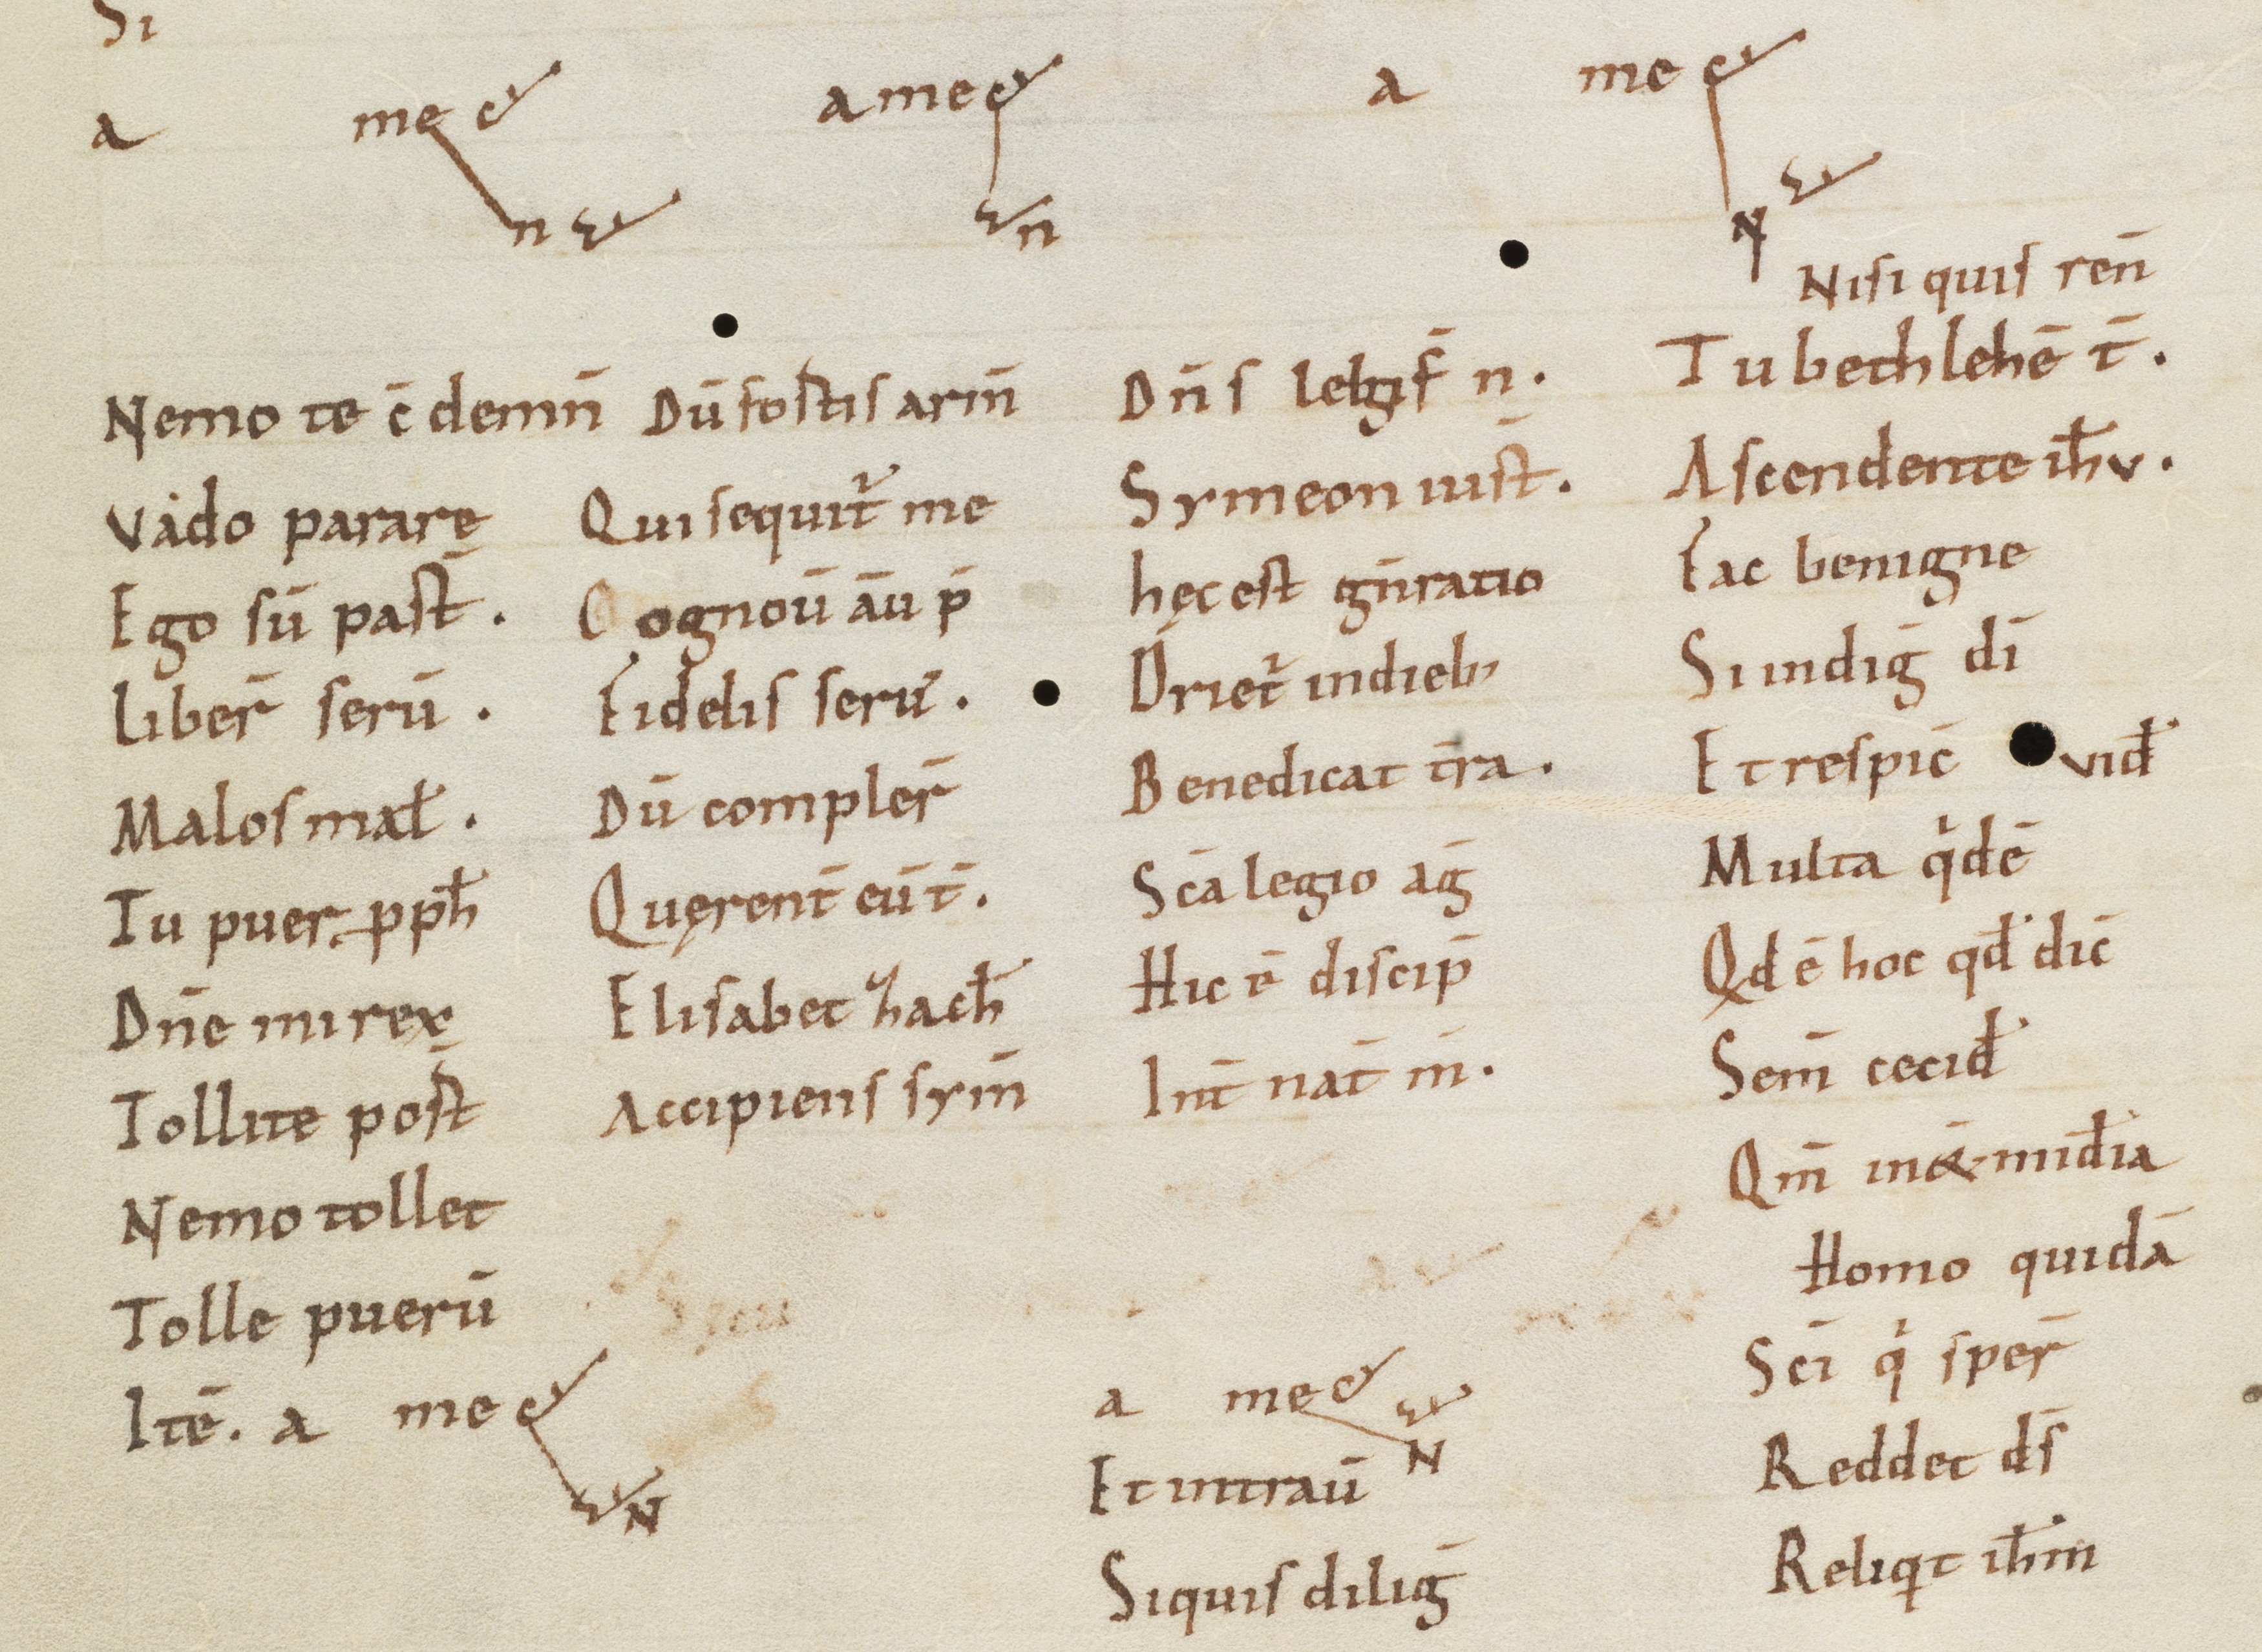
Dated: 975–999